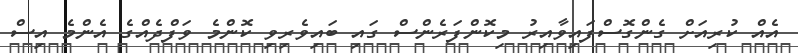
އެއް ކުރިއަށް ގެންގޮސްފައިވާއިރު މިކޮންފަރެންސް ގައި ބައިވެރިވި ކޮންމެ ވަފްދެއްގެ އެންމެ އިސް